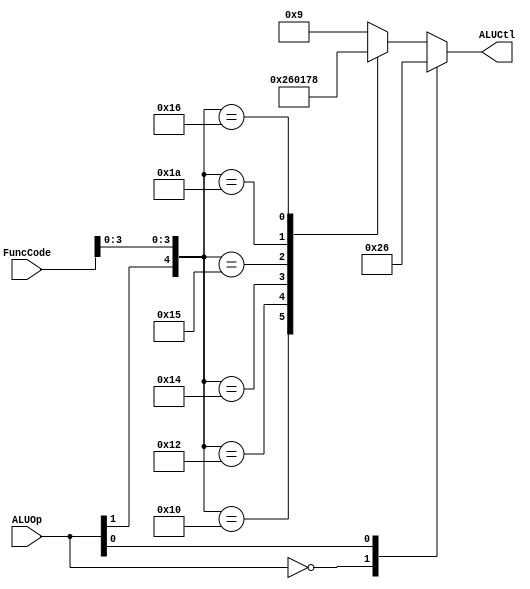
`timescale 1ns / 1ps
//////////////////////////////////////////////////////////////////////////////////
// Company: 
// Engineer: 
// 
// Design Name: 
// Module Name: ALU_Control
// Project Name: 
// Target Devices: 
// Tool Versions: 
// Description: 
// 
// Dependencies: 
// 
// Revision:
// Revision 0.01 - File Created
// Additional Comments:
// 
//////////////////////////////////////////////////////////////////////////////////


module ALU_Control(ALUOp, FuncCode, ALUCtl);

input [1:0] ALUOp;
input [5:0] FuncCode;
output reg [3:0] ALUCtl;

wire [7:0] In= {ALUOp, FuncCode}; 
	
always @(*)
begin
casex(In)
	8'b00xxxxxx : ALUCtl <= 4'b0010; //add
	8'bx1xxxxxx : ALUCtl <= 4'b0110; //sub  
	8'b1xxx0000 : ALUCtl <= 4'b0010; //add //100000 
	8'b1xxx0010 : ALUCtl <= 4'b0110; //sub //100010
	8'b1xxx0100 : ALUCtl <= 4'b0000; //and //100100
	8'b1xxx0101 : ALUCtl <= 4'b0001; //or  //100101
	8'b1xxx1010 : ALUCtl <= 4'b0111; //slt //101010 
	8'b1xxx0110 : ALUCtl <= 4'b1000; //xor //100110
	8'b1xxx0111 : ALUCtl <= 4'b1001; //nor //100111    
	default: ALUCtl <= 4'b1001; //nor
endcase	
end
endmodule